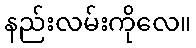
နည်းလမ်းကိုလေ။